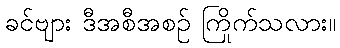
ခင်ဗျား ဒီအစီအစဉ် ကြိုက်သလား။